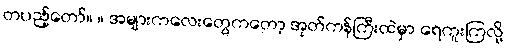
တပည့်တော်။ ။ အများကလေးတွေကတော့ အုတ်ကန်ကြီးထဲမှာ ရေကူးကြလို့